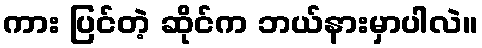
ကား ပြင်တဲ့ ဆိုင်က ဘယ်နားမှာပါလဲ။